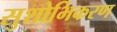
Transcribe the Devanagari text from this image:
सुशोभिकरण